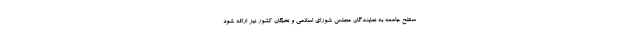
سطح جامعه به نمایندگان مجلس شورای اسلامی و نخبگان کشور نیز ارائه شود